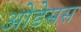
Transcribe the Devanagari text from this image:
ओडेसस